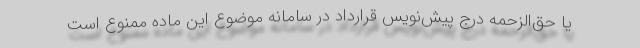
یا حق‌الزحمه درج پیش‌نویس قرارداد در سامانه موضوع این ماده ممنوع است